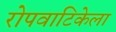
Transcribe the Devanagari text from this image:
रोपवाटिकेला